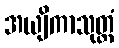
အယျိကာသုတ္တံ